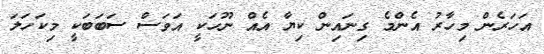
އަހަރެން މިހާރު އެންމެ ގިނައިން ކިޔާ އެއް ނޫހަކީ އަވަސް ސަބަބަކީ މިކަހަލަ